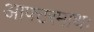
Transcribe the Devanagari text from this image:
आफ्टरमाथः